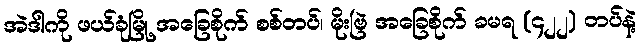
အဲဒါကို ဖယ်ခုံမြို့ အခြေစိုက် စစ်တပ်၊ မိုးဗြဲ အခြေစိုက် ခမရ (၄၂၂) တပ်နဲ့